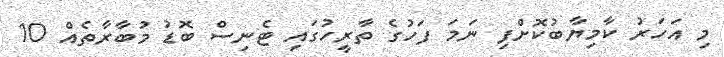
މި އަހަރު ކާމިޔާބުކޮށްފި ނަމަ ފަހުގެ ތާރީހުގައި ޓެނިސް ބޮޑު މުބާރާތެއް 10